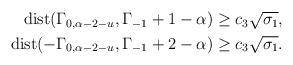
LaTeX: \begin{align*}\begin{aligned}{\rm dist}(\Gamma_{0,\alpha-2-u},\Gamma_{-1}+1-\alpha)&\geq c_3 \sqrt{\sigma_1 },\\{\rm dist}(-\Gamma_{0,\alpha-2-u},\Gamma_{-1}+2-\alpha)&\geq c_3 \sqrt{\sigma_1 }.\end{aligned}\end{align*}